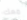
معك